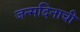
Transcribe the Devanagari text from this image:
जन्मदिनाची